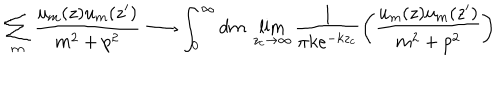
\sum _ { m } \frac { u _ { m } ( z ) u _ { m } ( z ^ { \prime } ) } { m ^ { 2 } + p ^ { 2 } } \longrightarrow \int _ { 0 } ^ { \infty } d m ~ \lim _ { z _ { c } \to \infty } \frac { 1 } { \pi k e ^ { - k z _ { c } } } \left( \frac { u _ { m } ( z ) u _ { m } ( z ^ { \prime } ) } { m ^ { 2 } + p ^ { 2 } } \right)